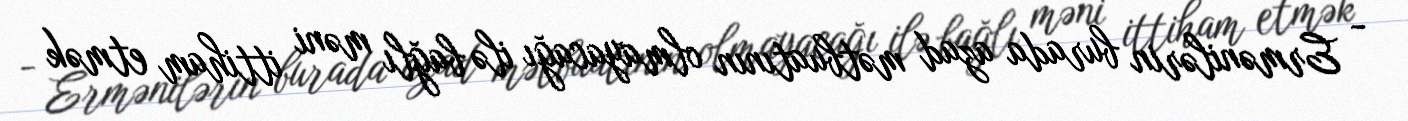
- Ermənilərin burada azad mətbuatının olmayacağı ilə bağlı məni ittiham etmək